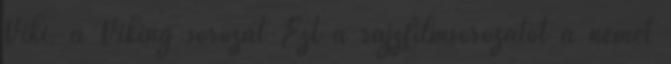
Viki, a Viking sorozat Ezt a rajzfilmsorozatot a német